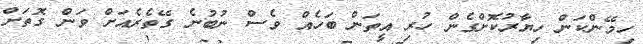
ހިމޭންކަން ހިޔާރުކޮށްގެން ހުރި އީތަން ބަހެއް ވެސް ނުބުނެ ގޭތެރެއަށް ވަން ގޮތަށް